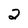
Character: 2